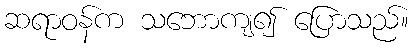
ဆရာဝန်က သဘောကျ၍ ပြောသည်။